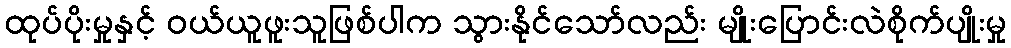
ထုပ်ပိုးမှုနှင့် ဝယ်ယူဖူးသူဖြစ်ပါက သွားနိုင်သော်လည်း မျိုးပြောင်းလဲစိုက်ပျိုးမှု